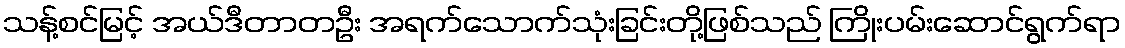
သန့်စင်မြင့် အယ်ဒီတာတဦး အရက်သောက်သုံးခြင်းတို့ဖြစ်သည် ကြိုးပမ်းဆောင်ရွက်ရာ